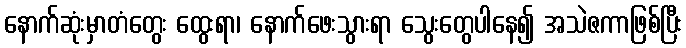
နောက်ဆုံးမှာတံတွေး ထွေးရာ၊ နောက်ဖေးသွားရာ သွေးတွေပါနေ၍ အသဲဇကာဖြစ်ပြီး